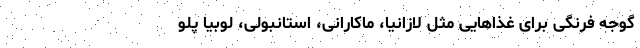
گوجه فرنگی برای غذاهایی مثل لازانیا، ماکارانی، استانبولی، لوبیا پلو